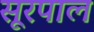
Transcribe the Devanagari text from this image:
सूरपाल